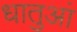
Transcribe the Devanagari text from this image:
धातुआं